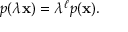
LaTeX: p ( \lambda \mathbf { x } ) = \lambda ^ { \ell } p ( \mathbf { x } ) .